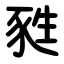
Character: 甤